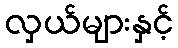
လှယ်များနှင့်